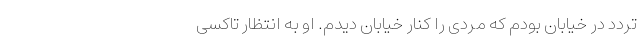
تردد در خیابان بودم که مردی را کنار خیابان دیدم. او به انتظار تاکسی